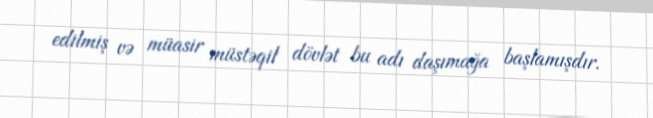
edilmiş və müasir müstəqil dövlət bu adı daşımağa başlamışdır.